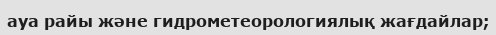
ауа райы және гидрометеорологиялық жағдайлар;